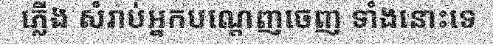
ភ្លើង សំរាប់អ្នកបណ្តេញចេញ ទាំងនោះទេ